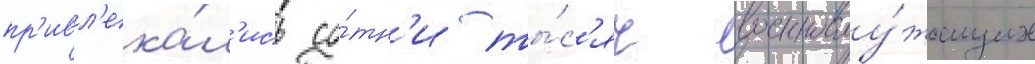
пр'ивл'ека́л'ись со́тн'и ты́с'яч военнослу́жащих